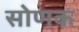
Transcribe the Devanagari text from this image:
सोणक